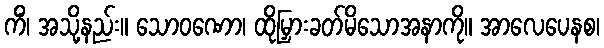
ကိံ၊ အသို့နည်း။ သောဝဏော၊ ထိုမြှားခတ်မိသောအနာကို။ အာလေပေနစ၊